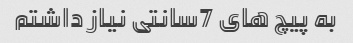
به پیچ های 7سانتی نیاز داشتم